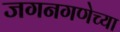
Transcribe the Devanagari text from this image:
जगनगणेच्या